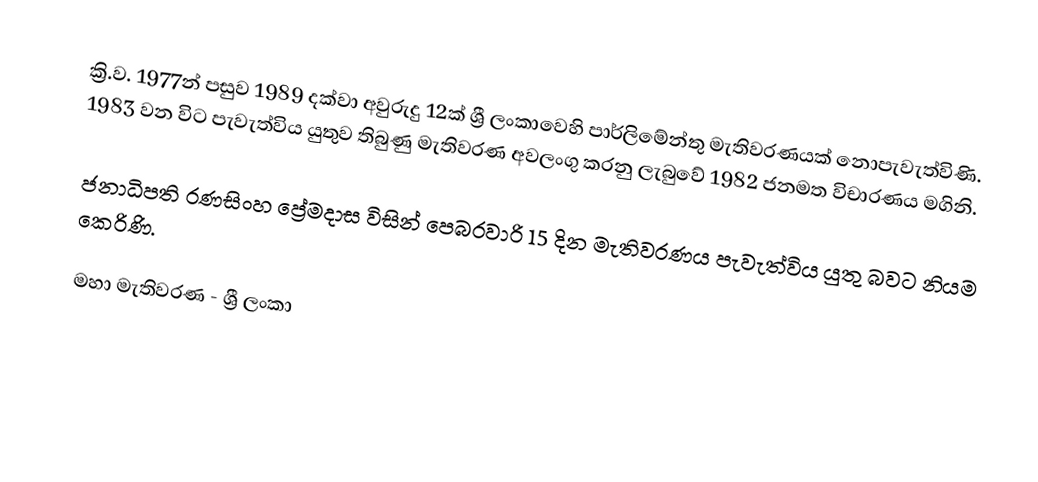
ක්‍රි.ව. 1977න් පසුව 1989 දක්වා අවුරුදු 12ක්  ශ්‍රී ලංකාවෙහි පාර්ලිමේන්තු මැතිවරණයක් නොපැවැත්විණි.  1983 වන විට පැවැත්විය යුතුව තිබුණු මැතිවරණ අවලංගු කරනු ලැබුවේ  1982 ජනමත විචාරණය මගිනි.

ජනාධිපති රණසිංහ ප්‍රේමදාස විසින් පෙබරවාරි 15 දින මැතිවරණය පැවැත්විය යුතු බවට නියම කෙරිණි.

මහා මැතිවරණ - ශ්‍රී ලංකා